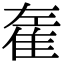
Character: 𨾭